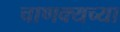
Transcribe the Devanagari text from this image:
चाणक्यच्या